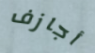
أجازف